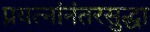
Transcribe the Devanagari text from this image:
प्रयत्नांनंतरसुद्धा